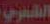
الشعري